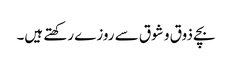
بچے ذوق و شوق سے روزے رکھتے ہیں۔